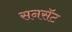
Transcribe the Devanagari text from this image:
सनसॅट